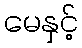
မေနှင့်